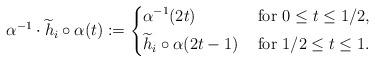
LaTeX: \begin{align*}\alpha^{-1}\cdot \widetilde{h}_i\circ\alpha(t):= \left\{\begin{aligned}& \alpha^{-1}(2t)&\mbox{ for } 0\leq t\leq 1/2,\\& \widetilde{h}_i\circ\alpha(2t-1) &\mbox{ for } 1/2\leq t\leq 1.\end{aligned}\right.\end{align*}